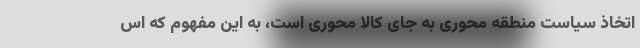
اتخاذ سیاست منطقه محوری به جای کالا محوری است، به این مفهوم که اس